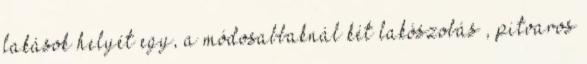
lakások helyét egy, a módosabbaknál két lakószobás , pitvaros